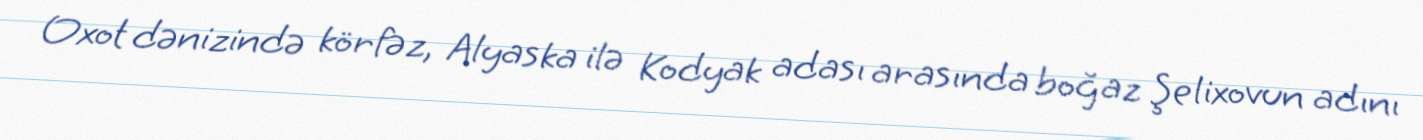
Oxot dənizində körfəz, Alyaska ilə Kodyak adası arasında boğaz Şelixovun adını